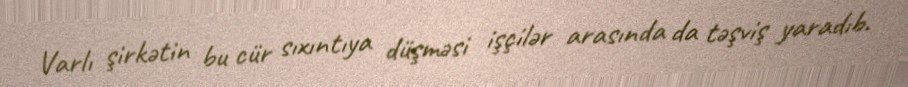
Varlı şirkətin bu cür sıxıntıya düşməsi işçilər arasında da təşviş yaradıb.